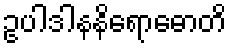
ဥပါဒါနနိရောဓောတိ